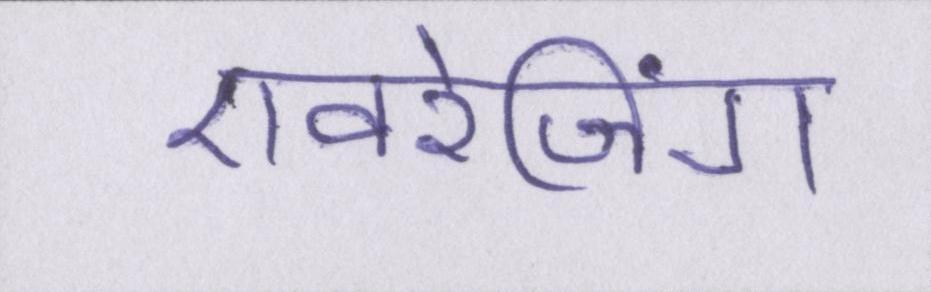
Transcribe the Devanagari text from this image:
एवरेजिंग